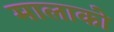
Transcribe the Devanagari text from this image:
मालाको